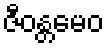
ဇီဝန္တမေဝ